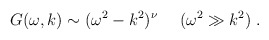
\begin{align*}\ G(\omega, k) \sim (\omega^2-k^2)^\nu \ \ \ \ (\omega^2 \gg k^2 ) \ .\end{align*}